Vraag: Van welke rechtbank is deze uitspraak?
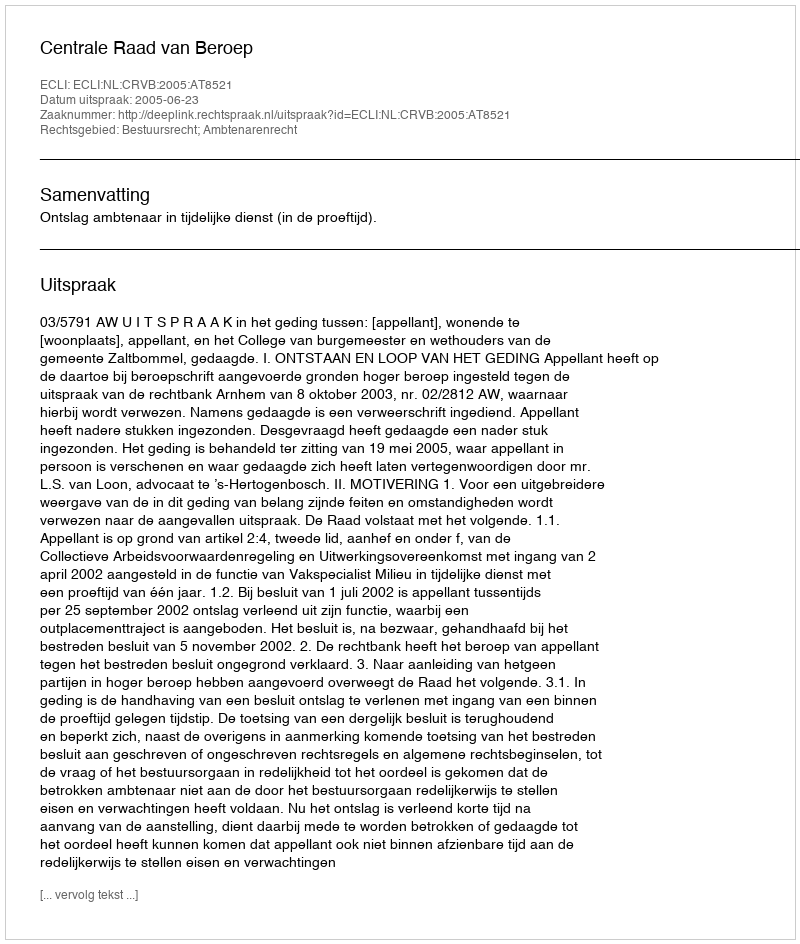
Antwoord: Centrale Raad van Beroep